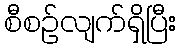
စီစဉ်လျက်ရှိပြီး